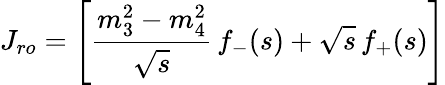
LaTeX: J_{ro}=\left[\frac{m_{3}^{2}-m_{4}^{2}}{\sqrt s}\, f_{-}(s)+\sqrt s\, f_{+}(s)\right]